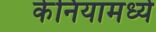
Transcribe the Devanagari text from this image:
केनियामध्ये